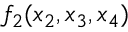
f _ { 2 } ( x _ { 2 } , x _ { 3 } , x _ { 4 } )